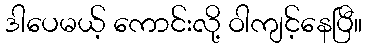
ဒါပေမယ့် ကောင်းလို့ ဝါကျင့်နေပြီ။